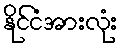
နိုင်ငံအားလုံး